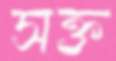
সক্ত